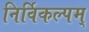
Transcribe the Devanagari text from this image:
निर्विकल्पम्